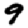
Digit: 9